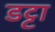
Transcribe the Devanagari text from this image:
डट्टा